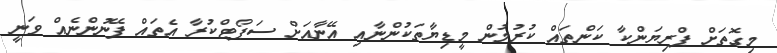
މިގޮތަށް ޕްރިޔަންކާ ކަންތައް ކުރުމުން މީޑިޔާތަކުންނާއި އޭނާއަށް ސަޕޯޓްކުރާ އެތައް ފޭނުންނެއް ވަނީ